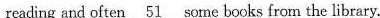
reading and often \underline{51}some bocks from the library.